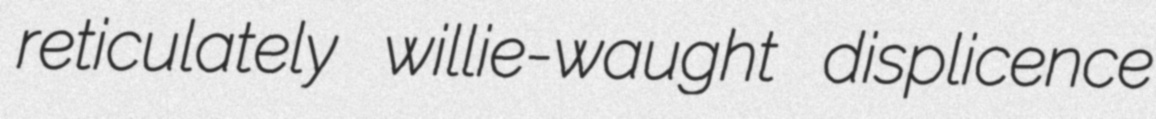
reticulately willie-waught displicence